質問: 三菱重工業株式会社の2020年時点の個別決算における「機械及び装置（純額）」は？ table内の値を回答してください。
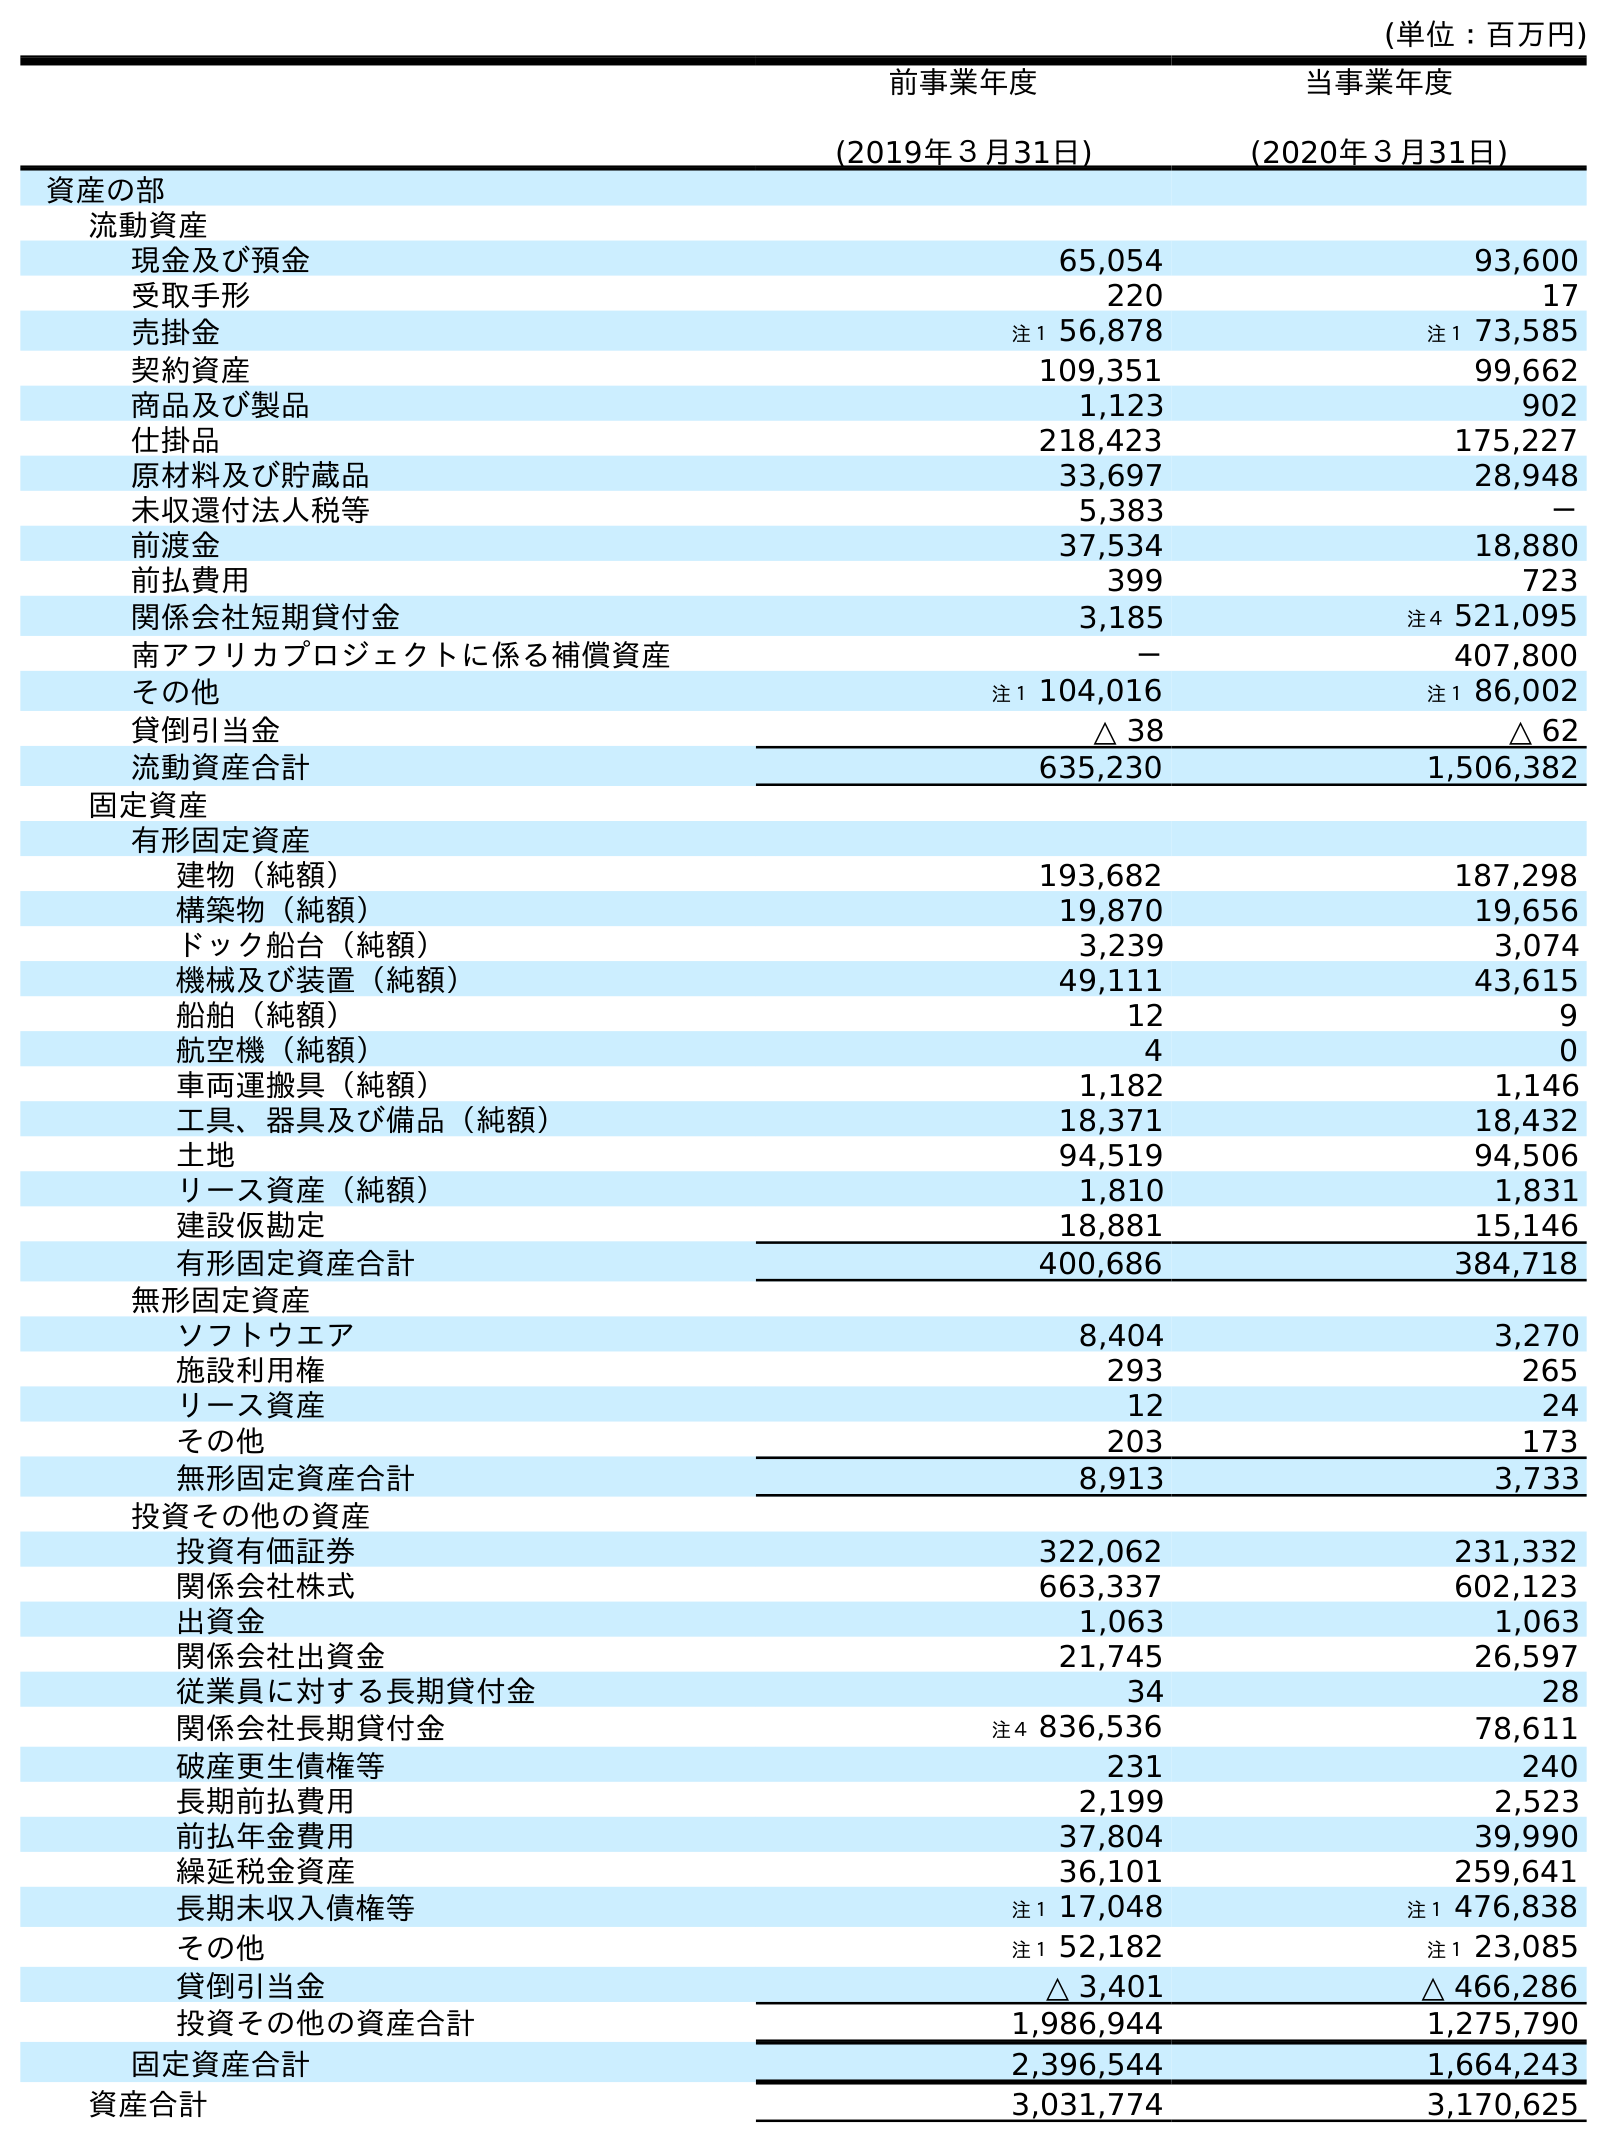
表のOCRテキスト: (単位：百万円) 前事業年度 (2019年３月31日) 当事業年度 (2020年３月31日) 資産の部 流動資産 現金及び預金 65,054 93,600 受取手形 220 17 売掛金 注１ 56,878 注１ 73,585 契約資産 109,351 99,662 商品及び製品 1,123 902 仕掛品 218,423 175,227 原材料及び貯蔵品 33,697 28,948 未収還付法人税等 5,383 － 前渡金 37,534 18,880 前払費用 399 723 関係会社短期貸付金 3,185 注４ 521,095 南アフリカプロジェクトに係る補償資産 － 407,800 その他 注１ 104,016 注１ 86,002 貸倒引当金 △ 38 △ 62 流動資産合計 635,230 1,506,382 固定資産 有形固定資産 建物（純額） 193,682 187,298 構築物（純額） 19,870 19,656 ドック船台（純額） 3,239 3,074 機械及び装置（純額） 49,111 43,615 船舶（純額） 12 9 航空機（純額） 4 0 車両運搬具（純額） 1,182 1,146 工具、器具及び備品（純額） 18,371 18,432 土地 94,519 94,506 リース資産（純額） 1,810 1,831 建設仮勘定 18,881 15,146 有形固定資産合計 400,686 384,718 無形固定資産 ソフトウエア 8,404 3,270 施設利用権 293 265 リース資産 12 24 その他 203 173 無形固定資産合計 8,913 3,733 投資その他の資産 投資有価証券 322,062 231,332 関係会社株式 663,337 602,123 出資金 1,063 1,063 関係会社出資金 21,745 26,597 従業員に対する長期貸付金 34 28 関係会社長期貸付金 注４ 836,536 78,611 破産更生債権等 231 240 長期前払費用 2,199 2,523 前払年金費用 37,804 39,990 繰延税金資産 36,101 259,641 長期未収入債権等 注１ 17,048 注１ 476,838 その他 注１ 52,182 注１ 23,085 貸倒引当金 △ 3,401 △ 466,286 投資その他の資産合計 1,986,944 1,275,790 固定資産合計 2,396,544 1,664,243 資産合計 3,031,774 3,170,625
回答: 43,615